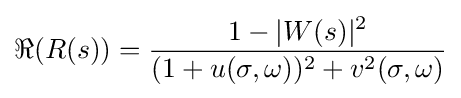
\Re (R(s))={\dfrac {1-|W(s)|^{2}}{(1+u(\sigma ,\omega ))^{2}+v^{2}(\sigma ,\omega )}}